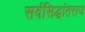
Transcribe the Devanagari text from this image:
सर्वसिद्धांतराज